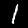
Label: 1